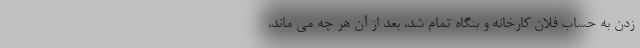
زدن به حسابِ فلان کارخانه و بنگاه تمام شد، بعد از آن هر چه می ماند،